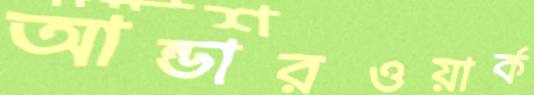
আন্ডারওয়ার্ক